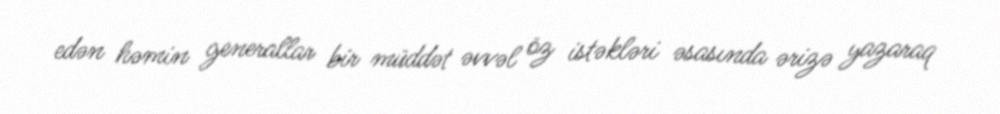
edən həmin generallar bir müddət əvvəl öz istəkləri əsasında ərizə yazaraq